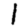
Digit: 1